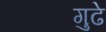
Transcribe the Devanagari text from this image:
गुढे